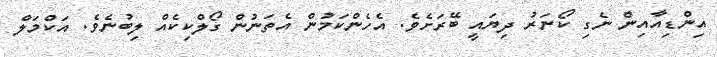
އިންޑިއާއިން ނެގި ކޯނަރު ދިޔައީ ބޭރަށެވެ. އެހެންކަމުން އެތަނުން ގޯލްކިކެއް ލިބުނެވެ. އަކްމަލް